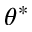
\theta ^ { * }